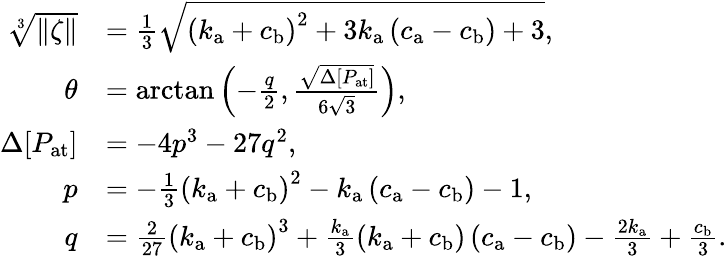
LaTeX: \begin{array}{rl}{\sqrt[3]{\| \zeta\| }}&{=\frac{1}{3}\sqrt{\left(k_{\mathrm{a}}+c_{\mathrm{b}}\right)^{2}+3k_{\mathrm{a}}\left(c_{\mathrm{a}}-c_{\mathrm{b}}\right)+3},}\\ {\theta}&{=\arctan{\left(-\frac{q}{2},\frac{\sqrt{\Delta[P_{\mathrm{at}}]}}{6\sqrt{3}}\right)},}\\ {\Delta[P_{\mathrm{at}}]}&{=-4p^{3}-27q^{2},}\\ {p}&{=-\frac{1}{3}\left(k_{\mathrm{a}}+c_{\mathrm{b}}\right)^{2}-k_{\mathrm{a}}\left(c_{\mathrm{a}}-c_{\mathrm{b}}\right)-1,}\\ {q}&{=\frac{2}{27}\left(k_{\mathrm{a}}+c_{\mathrm{b}}\right)^{3}+\frac{k_{\mathrm{a}}}{3}\left(k_{\mathrm{a}}+c_{\mathrm{b}}\right)\left(c_{\mathrm{a}}-c_{\mathrm{b}}\right)-\frac{2k_{\mathrm{a}}}{3}+\frac{c_{\mathrm{b}}}{3}.}\end{array}